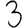
Digit: 3